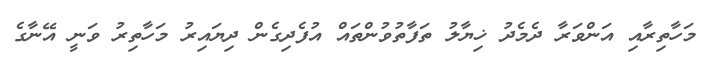
މަހާތިރާއި އަންވަރާ ދެމެދު ޚިޔާލު ތަފާތުވުންތައް އުފެދިގެން ދިޔައިރު މަހާތިރު ވަނީ އޭނާގެ